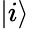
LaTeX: \vert i\rangle